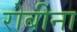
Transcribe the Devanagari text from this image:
रोबीना